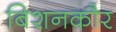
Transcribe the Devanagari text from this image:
बिशनकौर